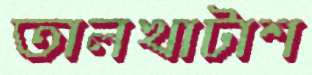
তালখাটাশ